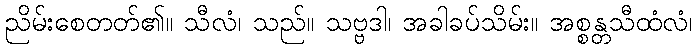
ညိမ်းစေတတ်၏။ သီလံ၊ သည်။ သဗ္ဗဒါ၊ အခါခပ်သိမ်း။ အစ္စန္တသီထံလံ၊